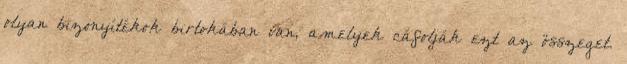
olyan bizonyítékok birtokában van, amelyek cáfolják ezt az összeget.